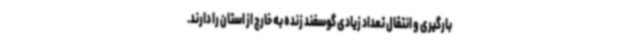
بارگیری و انتقال تعداد زیادی گوسفند زنده به خارج از استان را دارند.